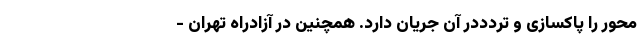
محور را پاکسازی و تردددر آن جریان دارد. همچنین در آزادراه تهران -